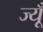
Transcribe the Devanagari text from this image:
ज्यूँ